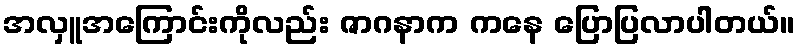
အလှူအကြောင်းကိုလည်း ဇာဂနာက ကနေ ပြောပြလာပါတယ်။